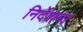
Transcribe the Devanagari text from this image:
निर्देशना